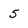
Character: 5